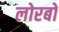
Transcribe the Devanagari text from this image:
लोरबो